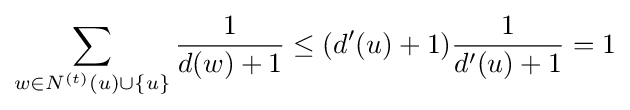
\sum _{w\in N^{(t)}(u)\cup \{u\}}{\frac {1}{d(w)+1}}\leq (d'(u)+1){\frac {1}{d'(u)+1}}=1